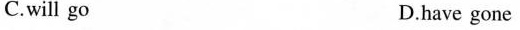
C.will go D.have gone